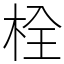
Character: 栓